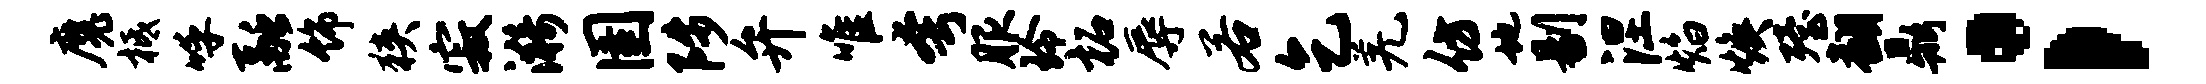
魔柢呼融饰狭寂漪圉陟弁唯夸服玲柘辱若乞羌仿地剔涅焰焕殪翻鼎；